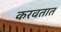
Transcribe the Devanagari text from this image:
करवतात